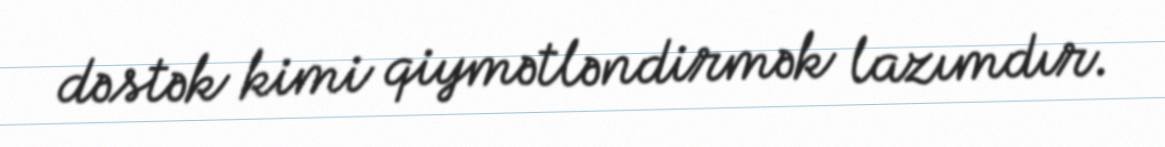
dəstək kimi qiymətləndirmək lazımdır.